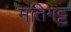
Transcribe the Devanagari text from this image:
मतिगट्ट